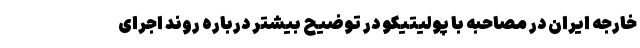
خارجه ایران در مصاحبه با پولیتیکو در توضیح بیشتر درباره روند اجرای